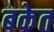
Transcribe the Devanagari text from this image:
बकेत